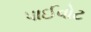
પાઈવોટ